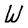
Character: W